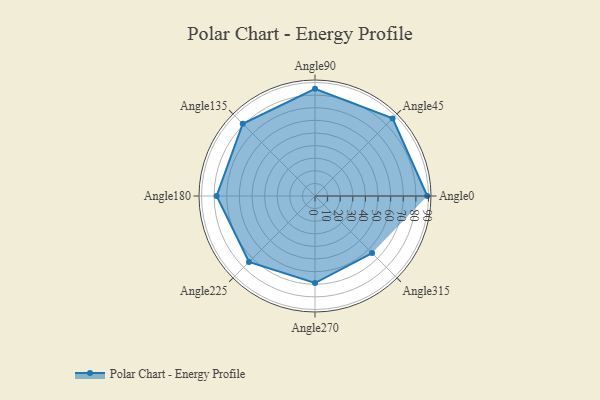
{"axis": {"x": "Angle", "y": "Radius"}, "legend": [""], "data": [{"x": "Angle0", "y": 89.0, "type": ""}, {"x": "Angle45", "y": 87.0, "type": ""}, {"x": "Angle90", "y": 85.0, "type": ""}, {"x": "Angle135", "y": 81.0, "type": ""}, {"x": "Angle180", "y": 78.0, "type": ""}, {"x": "Angle225", "y": 74.0, "type": ""}, {"x": "Angle270", "y": 69.0, "type": ""}, {"x": "Angle315", "y": 64.0, "type": ""}]}